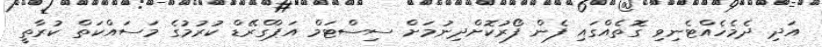
އަދި ދެމެހެއްޓެނިވި ގޮތެއްގައި ފެން ފޯރުކޮށްދިނުމަށް ސިސްޓަމް އަޕްގްރޭޑް ކުރުމުގެ މަސައްކަތް ކުރާތީ